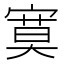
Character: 寞